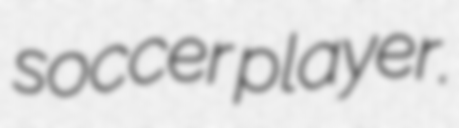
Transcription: soccer player.